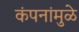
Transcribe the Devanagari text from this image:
कंपनांमुळे